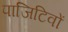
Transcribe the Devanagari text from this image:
पाजिटिवों